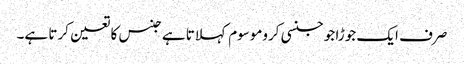
صرف ایک جوڑا جو جنسی کروموسوم کہلاتا ہے جنس کا تعین کرتا ہے۔